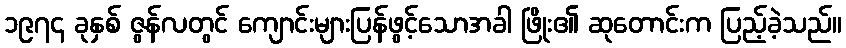
၁၉၇၄ ခုနှစ် ဇွန်လတွင် ကျောင်းများပြန်ဖွင့်သောအခါ ဖြိုး၏ ဆုတောင်းက ပြည့်ခဲ့သည်။